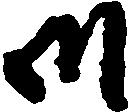
御